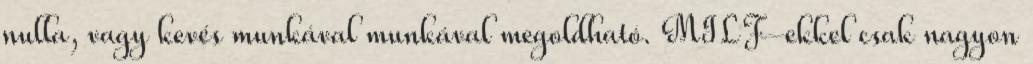
nulla, vagy kevés munkával munkával megoldható. MILF-ekkel csak nagyon